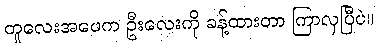
တူလေးအဖေက ဦးလေးကို ခန့်ထားတာ ကြာလှပြီပဲ။